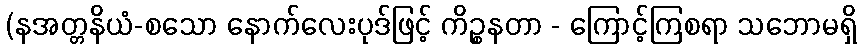
(နအတ္တနိယံ-စသော နောက်လေးပုဒ်ဖြင့် ကိဉ္စနတာ - ကြောင့်ကြစရာ သဘောမရှိ